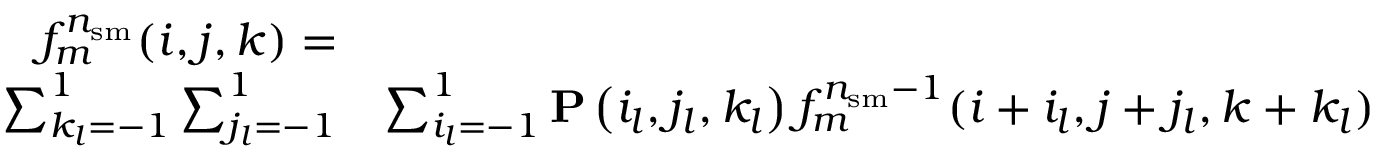
\begin{array} { r l } { f _ { m } ^ { n _ { \mathrm { s m } } } ( i , j , k ) = } & { } \\ { \sum _ { k _ { l } = - 1 } ^ { 1 } \sum _ { j _ { l } = - 1 } ^ { 1 } } & { \sum _ { i _ { l } = - 1 } ^ { 1 } \mathbf { P } \left( i _ { l } , j _ { l } , k _ { l } \right) f _ { m } ^ { n _ { \mathrm { s m } } - 1 } ( i + i _ { l } , j + j _ { l } , k + k _ { l } ) } \end{array}